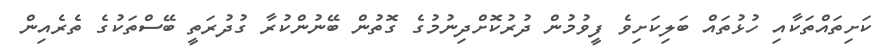
ކަށިތައްތަކާއި ހުޅުތައް ބަލިކަށިވެ ފީވުމުން ދުރުކޮށްދިނުމުގެ ގޮތުން ބޭނުންކުރާ ގުދުރަތީ ބޭސްތަކުގެ ތެރެއިން